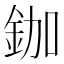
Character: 鉫